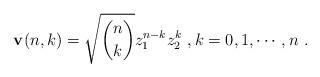
LaTeX: \begin{align*} \mathbf v(n,k)=\sqrt{\binom{n}{k}}z_1^{n-k} z_2^{k} \ , k=0,1,\cdots, n \ . \end{align*}